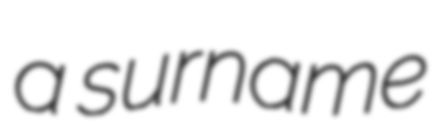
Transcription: a surname